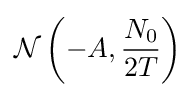
{\mathcal {N}}\left(-A,{\frac {N_{0}}{2T}}\right)